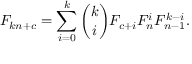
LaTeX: F _ { k n + c } = \sum _ { i = 0 } ^ { k } { \binom { k } { i } } F _ { c + i } F _ { n } ^ { i } F _ { n - 1 } ^ { k - i } .